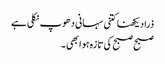
ذرا دیکھنا کتنی سہانی دھوپ نکلی ہے
صبح صبح کی تازہ ہوا بھی ۔